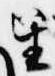
笙